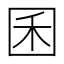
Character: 囷